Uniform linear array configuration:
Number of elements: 64
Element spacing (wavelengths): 0.75
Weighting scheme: cosine
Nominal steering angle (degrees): -60
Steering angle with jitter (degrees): -59.076
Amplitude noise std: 0.05
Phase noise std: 0.05

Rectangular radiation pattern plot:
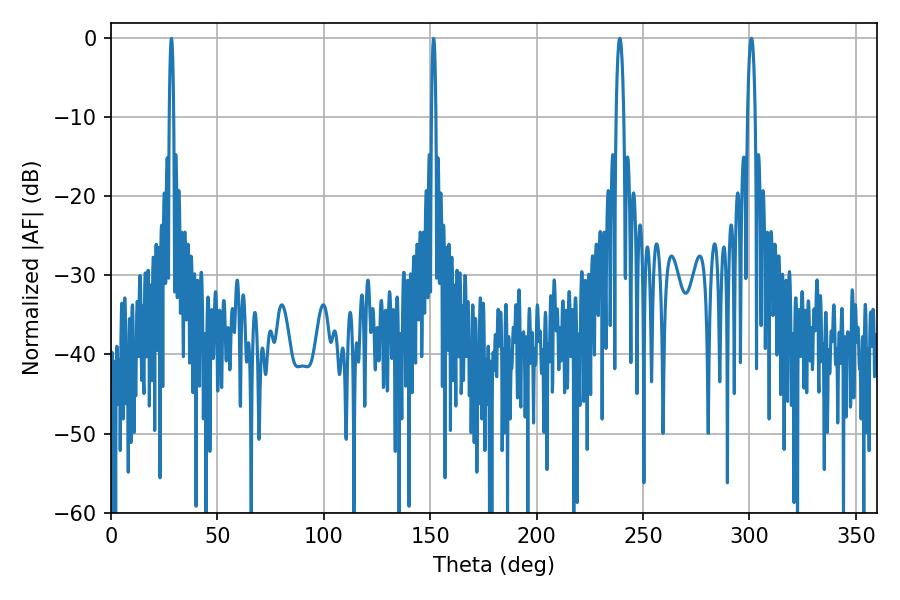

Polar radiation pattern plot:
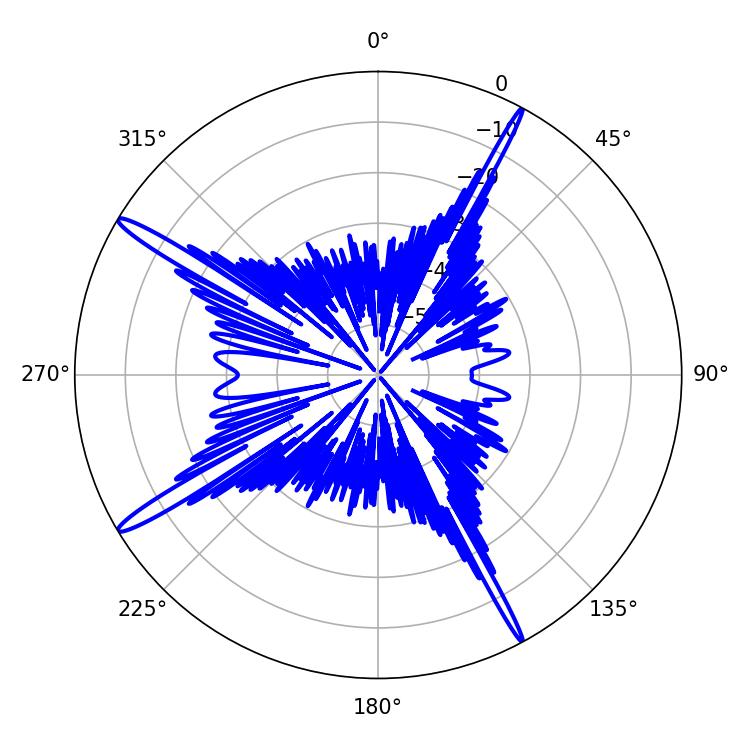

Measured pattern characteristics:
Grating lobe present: TRUE
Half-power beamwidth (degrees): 1.98
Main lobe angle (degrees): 300.96